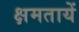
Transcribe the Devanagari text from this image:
क्षमतायें